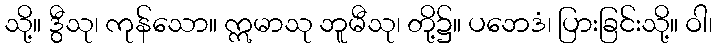
သို့။ ဒွီသု၊ ကုန်သော။ ဣမာသု ဘူမီသု၊ တို့၌။ ပဘေဒံ၊ ပြားခြင်းသို့။ ဝါ၊